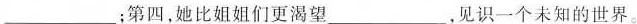
___；第四，她比姐姐们更渴望___，见识一个未知的世界。